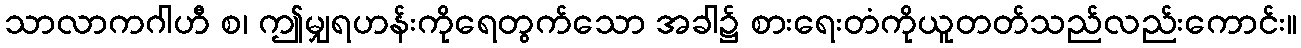
သာလာကဂါဟီ စ၊ ဤမျှရဟန်းကိုရေတွက်သော အခါ၌ စားရေးတံကိုယူတတ်သည်လည်းကောင်း။